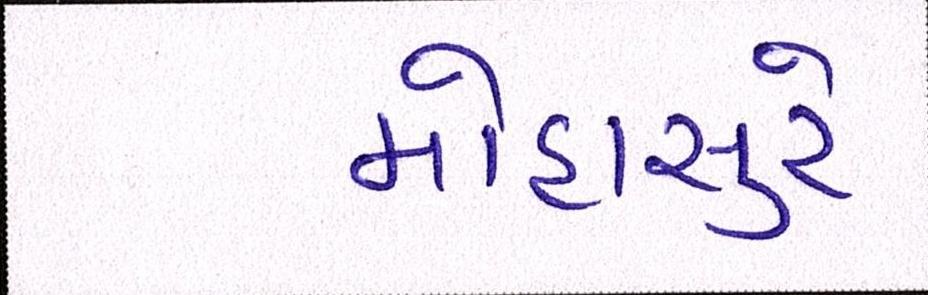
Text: મોહાસુરે